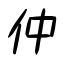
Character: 仲